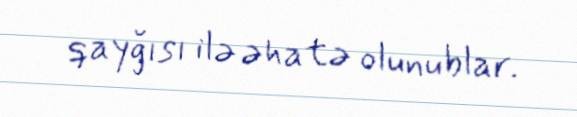
qayğısı ilə əhatə olunublar.